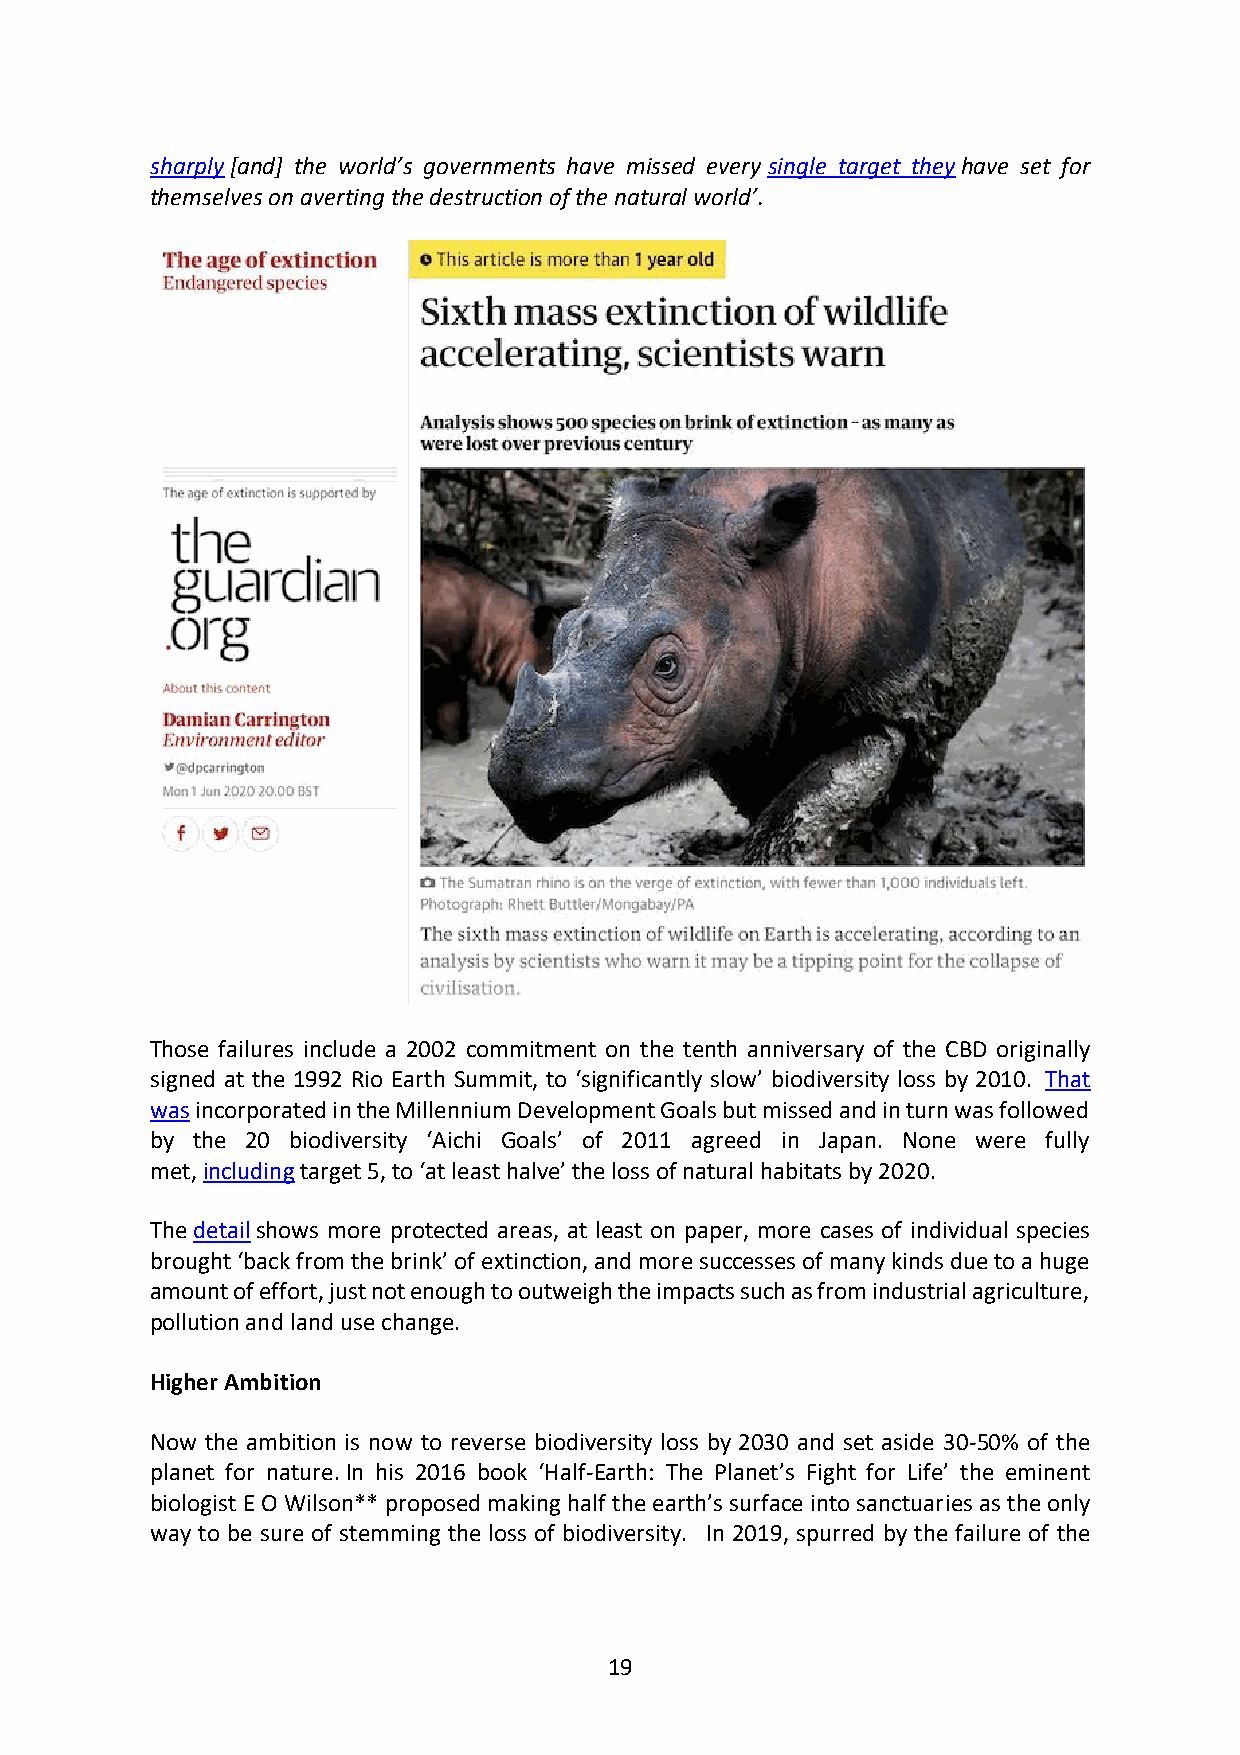
sharply [and] the world’s governments have missed every single target they have set for
 themselves on averting the destruction of the natural world’.
 Those failures include a 2002 commitment on the tenth anniversary of the CBD originally
 signed at the 1992 Rio Earth Summit, to ‘significantly slow’ biodiversity loss by 2010. That
 was incorporated in the Millennium Development Goals but missed and in turn was followed
 by the 20 biodiversity ‘Aichi Goals’ of 2011 agreed in Japan. None were fully
 met, including target 5, to ‘at least halve’ the loss of natural habitats by 2020.
 The detail shows more protected areas, at least on paper, more cases of individual species
 brought ‘back from the brink’ of extinction, and more successes of many kinds due to a huge
 amount of effort, just not enough to outweigh the impacts such as from industrial agriculture,
 pollution and land use change.
 Higher Ambition
 Now the ambition is now to reverse biodiversity loss by 2030 and set aside 30-50% of the
 planet for nature. In his 2016 book ‘Half-Earth: The Planet’s Fight for Life’ the eminent
 biologist E O Wilson** proposed making half the earth’s surface into sanctuaries as the only
 way to be sure of stemming the loss of biodiversity. In 2019, spurred by the failure of the
 19